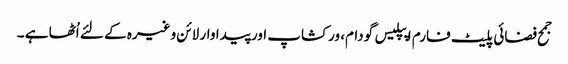
جمح فضائی پلیٹ فارم اپپلیس گودام، ورکشاپ اور پیداوار لائن وغیرہ کے لئے اُٹھا ہے ۔